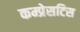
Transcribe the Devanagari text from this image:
कम्प्रेसटिस